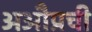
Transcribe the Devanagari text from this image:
अऔप्रची